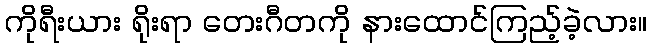
ကိုရီးယား ရိုးရာ တေးဂီတကို နားထောင်ကြည့်ခဲ့လား။